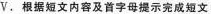
V.根据短文内容及首字母提示完成短文